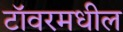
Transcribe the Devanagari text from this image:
टॉवरमधील